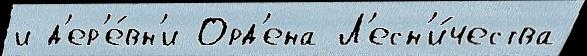
и д'ер'е́вн'и Орд'ена Л'есн'и́чества